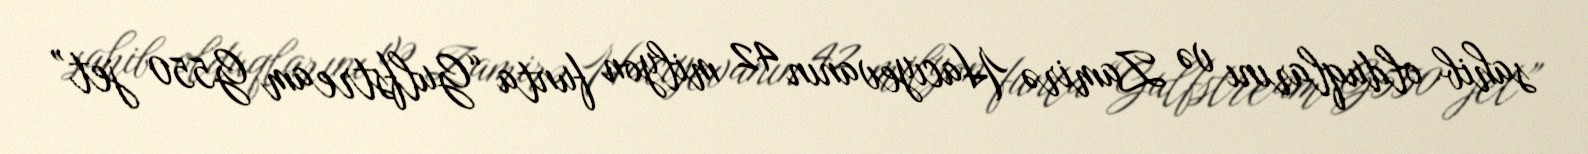
sahib olduqlarını və Zamirə Hacıyevanın 42 milyon funta “Gulfstream G550 jet”